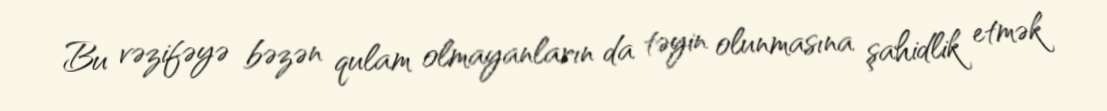
Bu vəzifəyə bəzən qulam olmayanların da təyin olunmasına şahidlik etmək